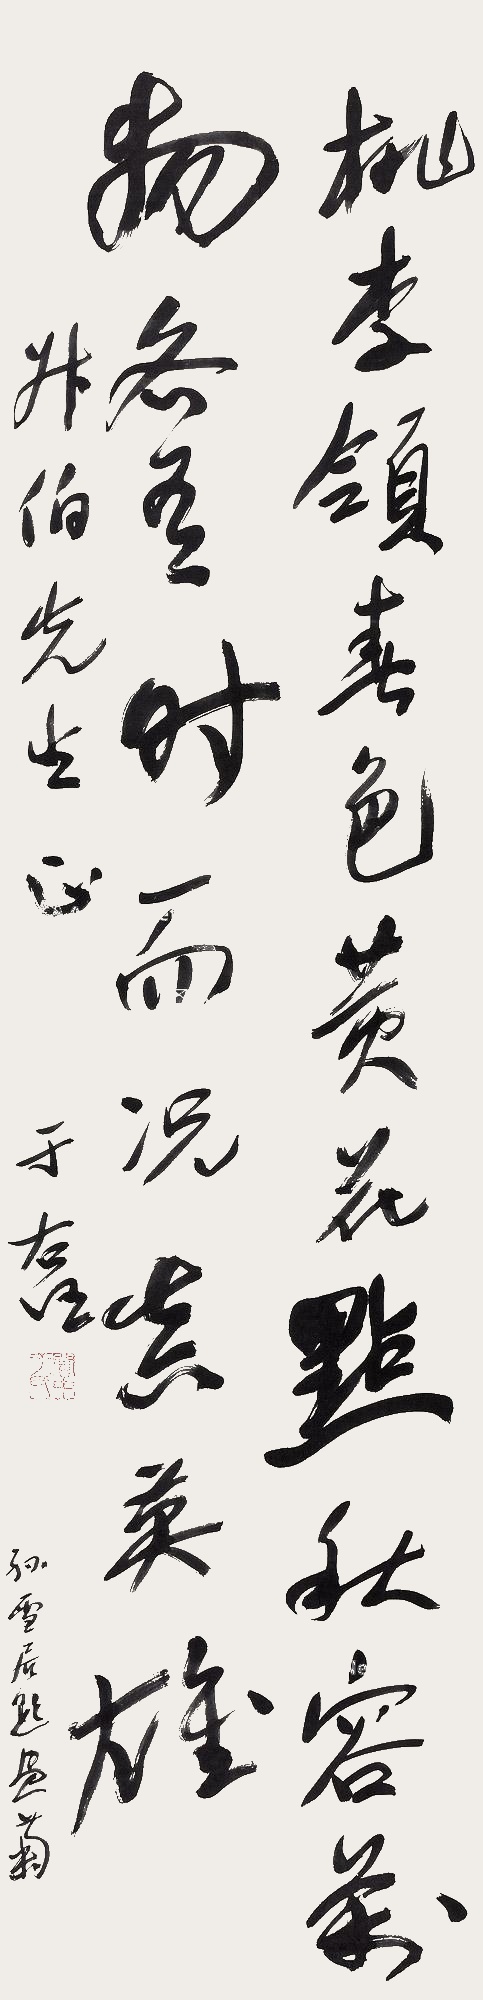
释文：桃李领春色，黄花点秋容。万物各有时，而况真英雄。孙雪居题画菊。叔伯先生正。于右任。